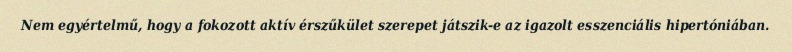
Nem egyértelmű, hogy a fokozott aktív érszűkület szerepet játszik-e az igazolt esszenciális hipertóniában.